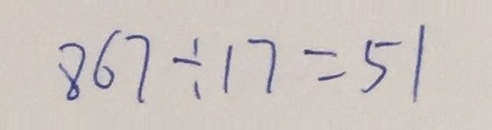
8 6 7 \div 1 7 = 5 1